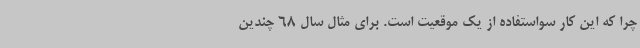
چرا که این کار سواستفاده از یک موقعیت است. برای مثال سال 68 چندین